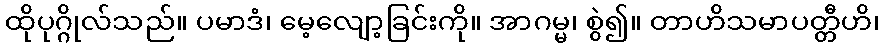
ထိုပုဂ္ဂိုလ်သည်။ ပမာဒံ၊ မေ့လျော့ခြင်းကို။ အာဂမ္မ၊ စွဲ၍။ တာဟိသမာပတ္တီဟိ၊